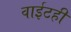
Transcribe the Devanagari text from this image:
वाईटही